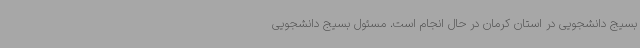
بسیج دانشجویی در استان کرمان در حال انجام است. مسئول بسیج دانشجویی